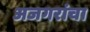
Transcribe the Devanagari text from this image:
अजगरांचा